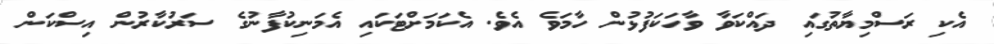
އެކި ރަސްމިޔާތުގައި ދައްކަވާ ވާހަކަފުޅުން ހާމަވެ އެވެ. އެކަމަށްޓަކައި އެމަނިކުފާނުގެ ސަރުކާރުން އިސްކަން